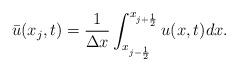
LaTeX: \begin{align*}\bar{u}(x_j,t)=\frac{1}{\Delta{x}}\int^{x_{j+\frac{1}{2}}}_{x_{j-\frac{1}{2}}}u(x,t)dx.\end{align*}